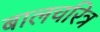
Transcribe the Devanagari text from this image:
बालचरित्र